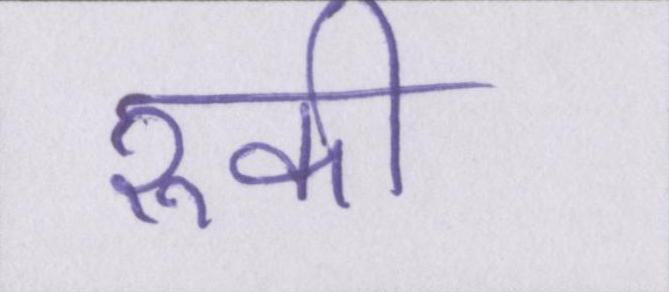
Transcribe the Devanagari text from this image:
रूकी